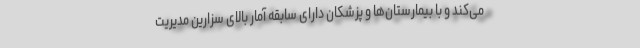
می‌کند و با بیمارستان‌ها و پزشکان دارای سابقه آمار بالای سزارین مدیریت